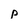
Character: p